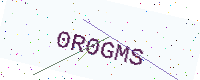
Text: 0R0GMS